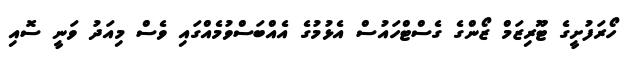
ހޯރަފުށީގެ ޓޫރިޒަމް ޒޯންގެ ގެސްޓްހައުސް އެޅުމުގެ އެއްބަސްވުމެއްގައި ވެސް މިއަދު ވަނީ ސޮއި